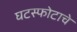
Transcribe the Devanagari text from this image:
घटस्फोटाचे